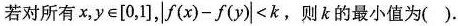
若对所有$$x, y \in[0,1]$$,$$|f(x)-f(y)|<k$$，则k的最小值为().